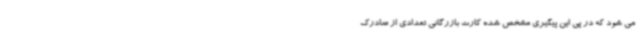
می شود که در پی این پیگیری مشخص شده کارت بازرگانی تعدادی از صادرک